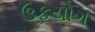
ઉફયોગ